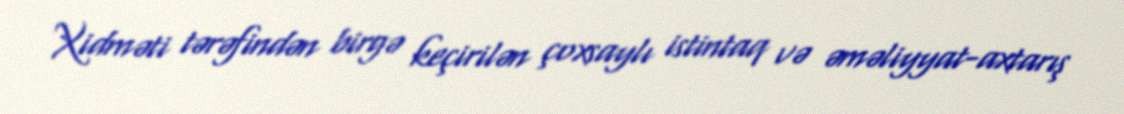
Xidməti tərəfindən birgə keçirilən çoxsaylı istintaq və əməliyyat-axtarış